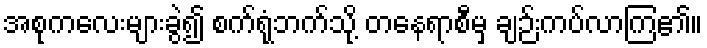
အစုကလေးများခွဲ၍ စက်ရုံဘက်သို့ တနေရာစီမှ ချဉ်းကပ်လာကြ၏။